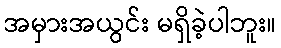
အမှားအယွင်း မရှိခဲ့ပါဘူး။